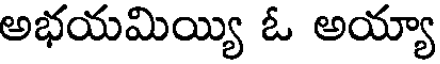
అభయమియ్యి ఓ అయ్యా